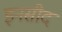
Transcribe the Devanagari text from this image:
इनसीद